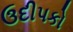
ઉદીપકો